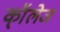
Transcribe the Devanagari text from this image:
कॉ्लेज